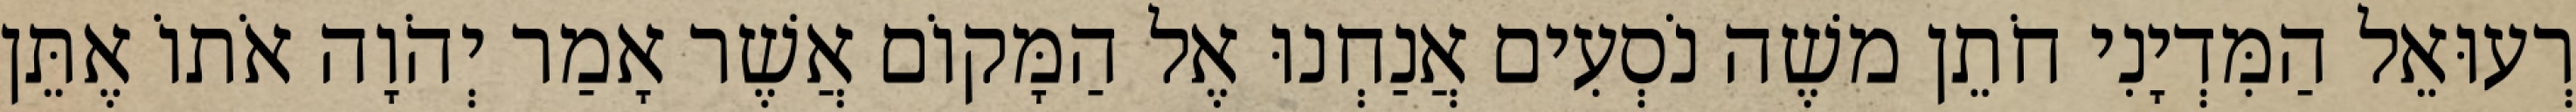
רְעוּאֵל הַמִּדְיָנִי חֹתֵן משֶׁה נֹסְעִים אֲנַחְנוּ אֶל הַמָּקוֹם אֲשֶׁר אָמַר יְהֹוָה אֹתוֹ אֶתֵּן